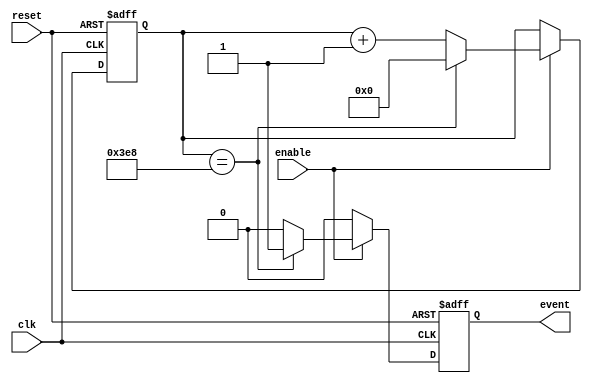
module event_timer (
    input wire clk,
    input wire reset,
    input wire enable,
    output reg event
);

reg [15:0] counter;
parameter PERIOD = 1000; // Set the desired period for timed events

always @(posedge clk or posedge reset) begin
    if (reset) begin
        counter <= 0;
        event <= 0;
    end else if (enable) begin
        counter <= counter + 1;
        if (counter == PERIOD) begin
            counter <= 0;
            event <= 1;
        end else begin
            event <= 0;
        end
    end else begin
        event <= 0;
    end
end

endmodule